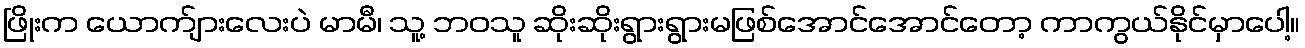
ဖြိုးက ယောက်ျားလေးပဲ မာမီ၊ သူ့ ဘဝသူ ဆိုးဆိုးရွားရွားမဖြစ်အောင်အောင်တော့ ကာကွယ်နိုင်မှာပေါ့။